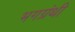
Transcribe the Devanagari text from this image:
भगग्रंथी